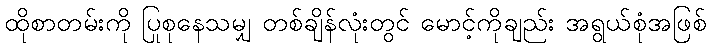
ထိုစာတမ်းကို ပြုစုနေသမျှ တစ်ချိန်လုံးတွင် မောင့်ကိုချည်း အရွယ်စုံအဖြစ်